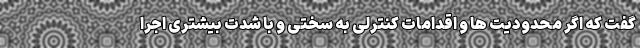
گفت که اگر محدودیت ها و اقدامات کنترلی به سختی و با شدت بیشتری اجرا